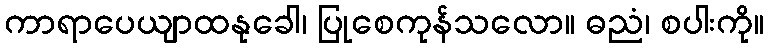
ကာရာပေယျာထနုခေါ၊ ပြုစေကုန်သလော။ ဓညံ၊ စပါးကို။